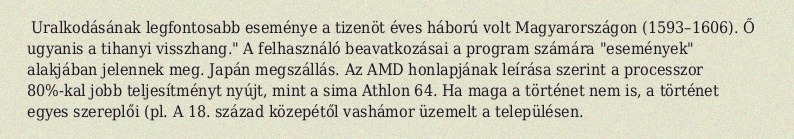
Uralkodásának legfontosabb eseménye a tizenöt éves háború volt Magyarországon (1593–1606). Ő ugyanis a tihanyi visszhang." A felhasználó beavatkozásai a program számára "események" alakjában jelennek meg. Japán megszállás. Az AMD honlapjának leírása szerint a processzor 80%-kal jobb teljesítményt nyújt, mint a sima Athlon 64. Ha maga a történet nem is, a történet egyes szereplői (pl. A 18. század közepétől vashámor üzemelt a településen.